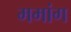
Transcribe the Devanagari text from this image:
ममांग